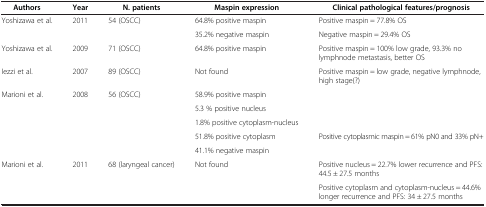
<table><thead><tr><td><b>Authors</b></td><td><b>Year</b></td><td><b>N. patients</b></td><td><b>Maspin expression</b></td><td><b>Clinical pathological features/prognosis</b></td></tr></thead><tbody><tr><td rowspan="2">Yoshizawa et al.</td><td rowspan="2">2011</td><td rowspan="2">54 (OSCC)</td><td>64.8% positive maspin</td><td>Positive maspin = 77.8% OS</td></tr><tr><td>35.2% negative maspin</td><td>Negative maspin = 29.4% OS</td></tr><tr><td>Yoshizawa et al.</td><td>2009</td><td>71 (OSCC)</td><td>64.8% positive maspin</td><td>Positive maspin = 100% low grade, 93.3% no lymphnode metastasis, better OS</td></tr><tr><td>Iezzi et al.</td><td>2007</td><td>89 (OSCC)</td><td>Not found</td><td>Positive maspin = low grade, negative lymphnode, high stage(?)</td></tr><tr><td rowspan="5">Marioni et al.</td><td rowspan="5">2008</td><td rowspan="5">56 (OSCC)</td><td>58.9% positive maspin</td><td> </td></tr><tr><td>5.3 % positive nucleus</td><td> </td></tr><tr><td>1.8% positive cytoplasm-nucleus</td><td> </td></tr><tr><td>51.8% positive cytoplasm</td><td>Positive cytoplasmic maspin = 61% pN0 and 33% pN+</td></tr><tr><td>41.1% negative maspin</td><td> </td></tr><tr><td>Marioni et al.</td><td>2011</td><td>68 (laryngeal cancer)</td><td>Not found</td><td>Positive nucleus = 22.7% lower recurrence and PFS: 44.5 ± 27.5 months</td></tr><tr><td> </td><td> </td><td> </td><td> </td><td>Positive cytoplasm and cytoplasm-nucleus = 44.6% longer recurrence and PFS: 34 ± 27.5 months</td></tr></tbody></table>